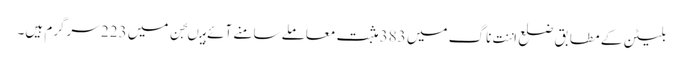
بلیٹن کے مطابق ضلع اننت ناگ میں 383 مثبت معاملے سامنے آئے ہیںجن میں 223 سرگرم ہیں۔